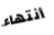
أنتهاء